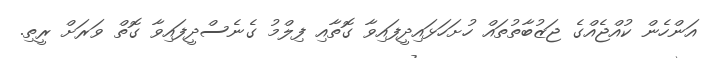
އަންހެން ކުއްޖެއްގެ ޖަޒުބާތުތައް ހުށަހަޅައިދީފައިވާ ގޮތާއި ފިލްމު ގެނެސްދީފައިވާ ގޮތް ވަރަށް ރީތި.